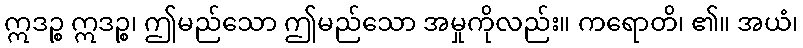
ဣဒဉ္စ ဣဒဉ္စ၊ ဤမည်သော ဤမည်သော အမှုကိုလည်း။ ကရောတိ၊ ၏။ အယံ၊